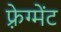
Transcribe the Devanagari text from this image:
फ़्रेग्मेंट